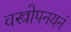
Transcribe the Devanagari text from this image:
वस्त्रोपनयनं